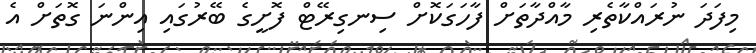
މިފަދަ ނުރައްކާތެރި މާއްދާތަށް ފާހަގަކޮށް ސިނގިރޭޓް ފޮށީގެ ބޭރުގައި އިންނަ ގޮތަށް އެ